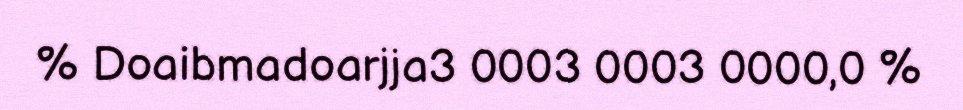
% Doaibmadoarjja3 0003 0003 0000,0 %